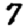
Digit: 7